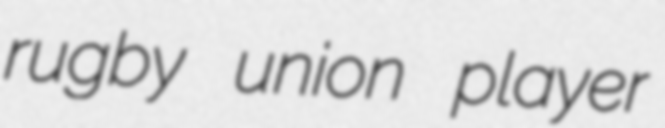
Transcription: rugby union player